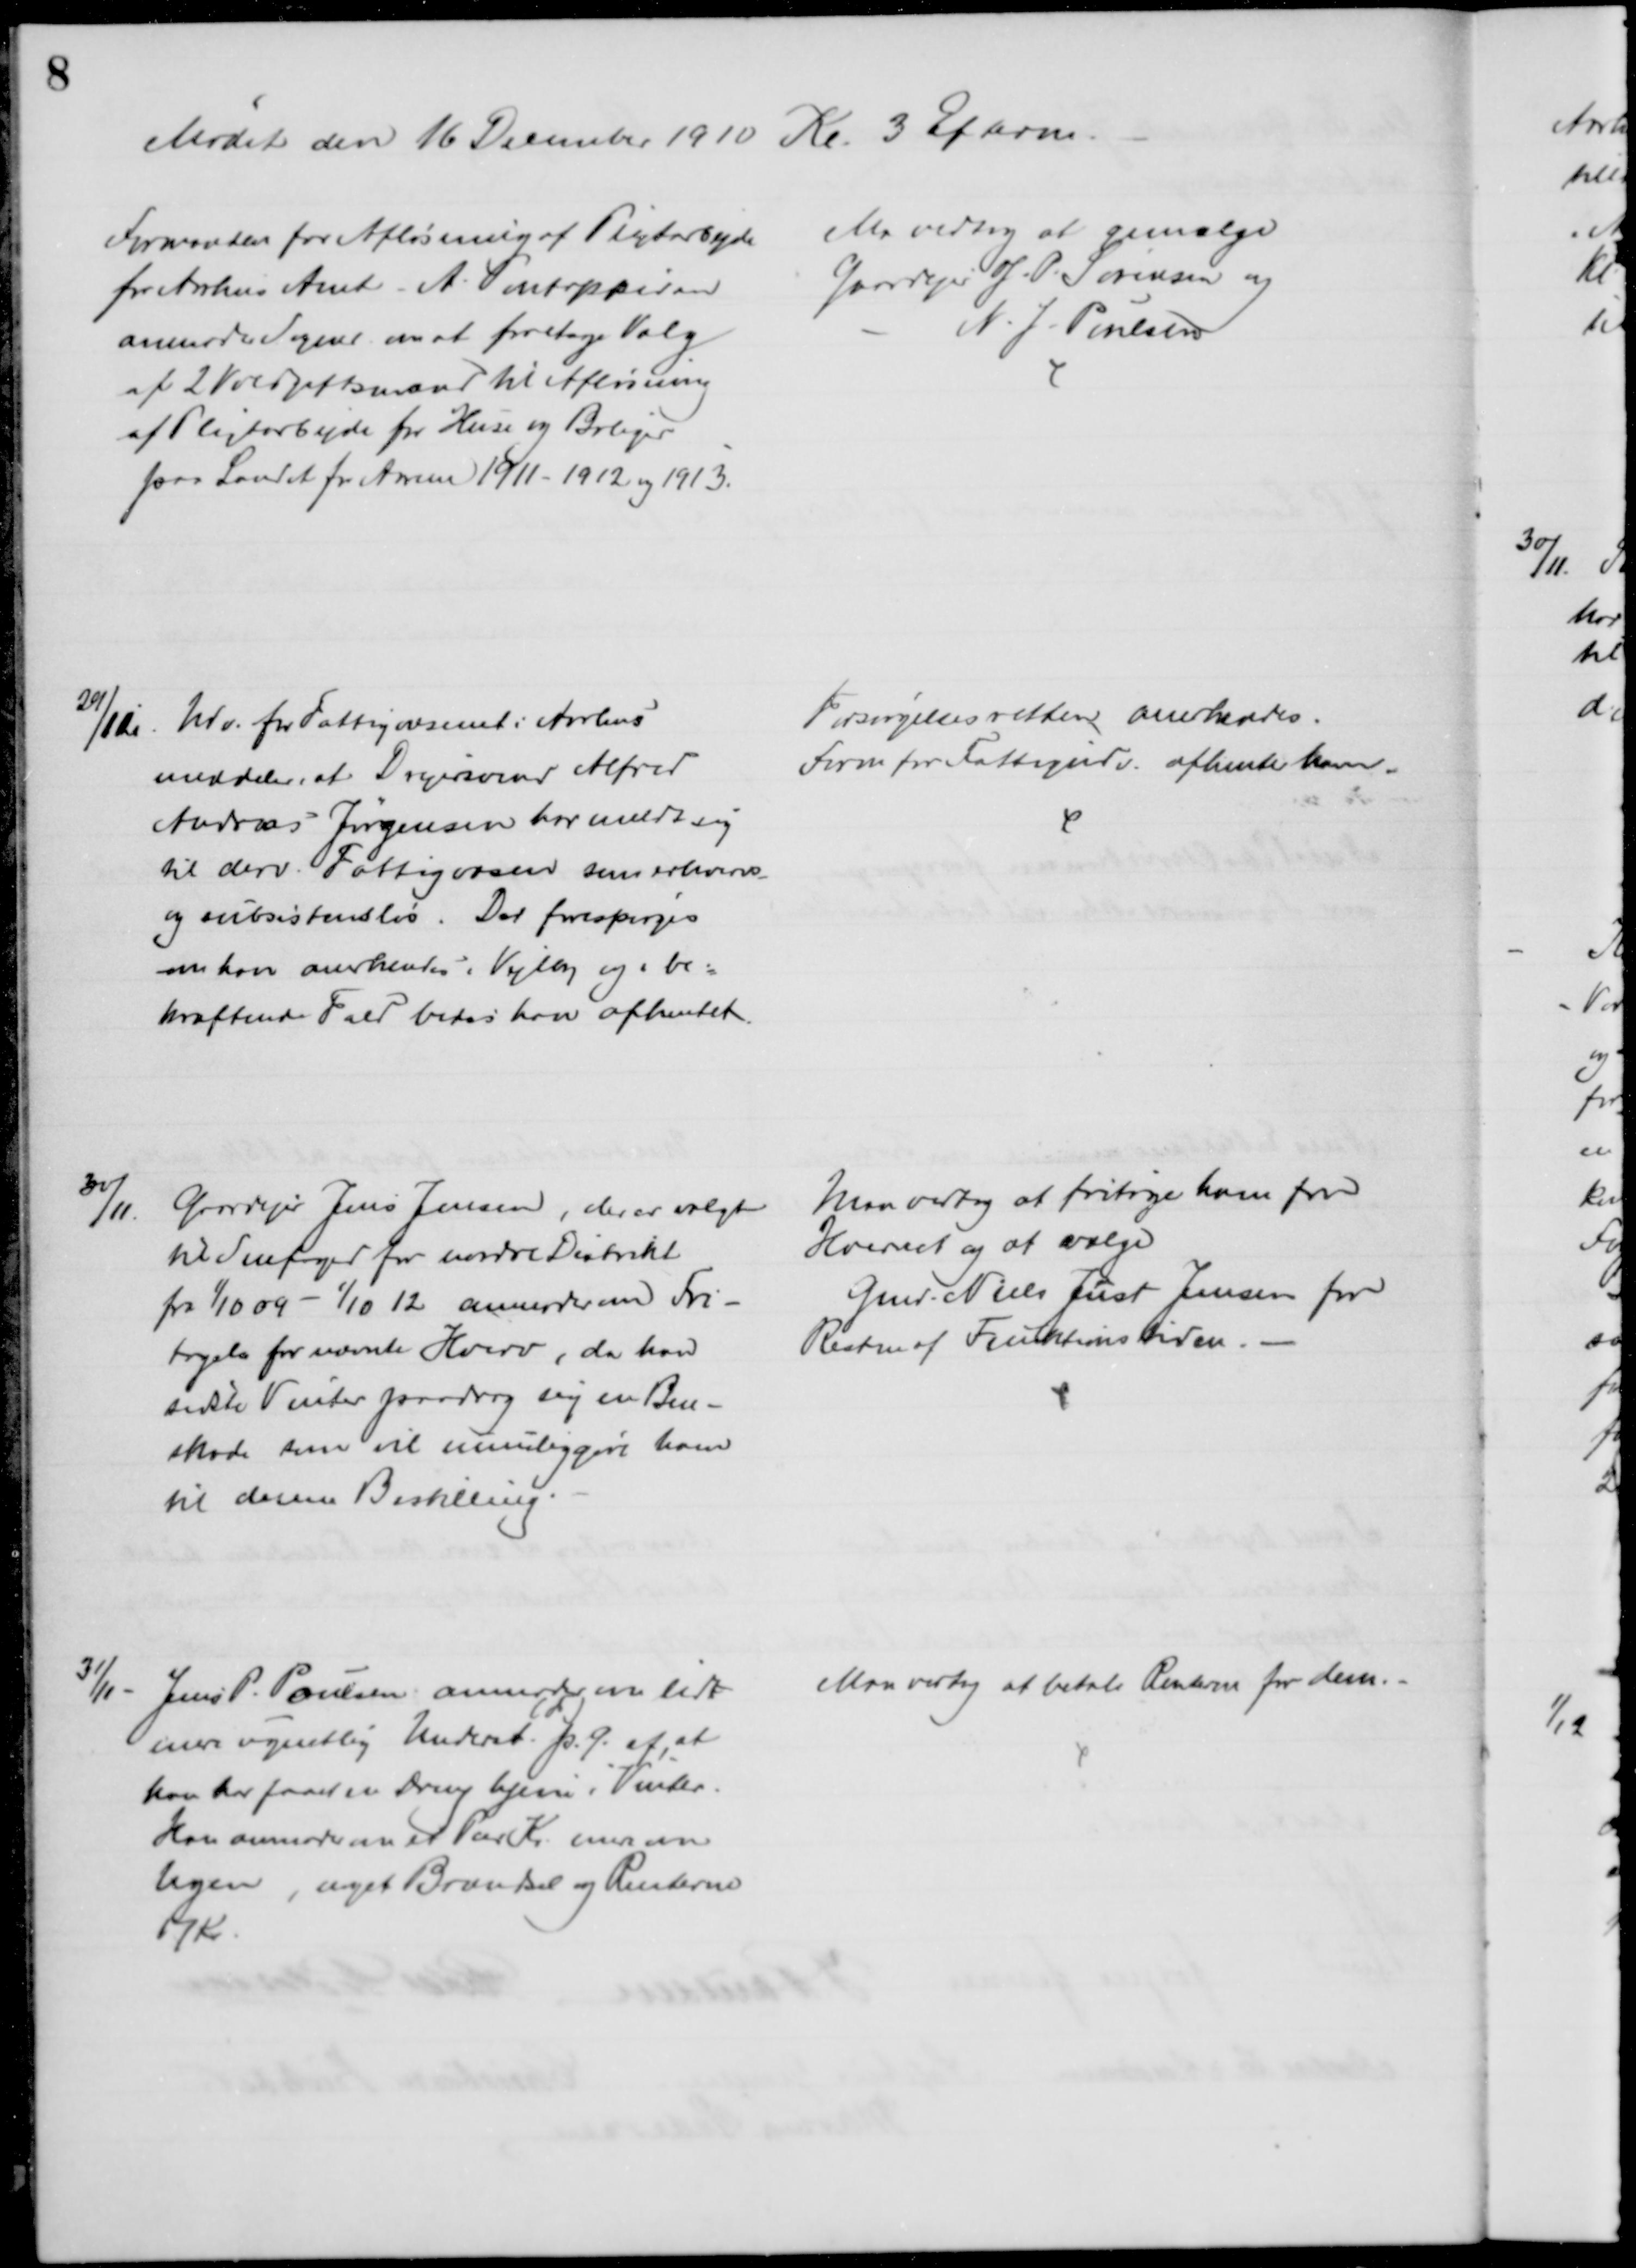
Transskription:
Mødet den 16 December 1910 Kl. 3 Efterm.
Formanden for Afløsning af Pligtarbejde
for Aarhus Amt - A. Pontoppidan
anmoder Sogner om at foretage Valg
af 2 Voldgiftsmænd til Afløsning
af Pligtarbejde for Huse og Boliger
paa Landet for Aarene 1911 - 1912 og 1913.
Man vedtog at genvælge
Gaardejer J. P. Sørensen og
N. J. Poulsen
29/11 
Udv. for Fattigvæsenet i Aarhus
meddeler, at Drejersvend Alfred
Andreas Jørgensen har meldt sig
til derv. Fattigvæsen som erhvervs-
og subsistensløs. Der forespørges
om han anerkendes i Vejlby og i be=
kræftende Fald bedes han afhentet.
Forsørgelsesretten anerkendes.
Form for Fattigudv. afhenter ham
30/11.
Gaardejer Jens Jensen, der er valgt
til Snefoged for nordre Distrikt
fra 1/10 09 - 1/10 12 anmoder om Fri-
tagelse for nævnte Hverv, da han
sidste Vinter paadrog sig en Ben-
skade som vil umuliggøre ham
til denne Bestilling.
Man vedtog at fritage ham for
Hvervet og at vælge
Gmd. Niels Just Jensen for
Resten af Funktionstiden.
31/11
Jens P. Poulsen anmoder om lidt
mere ugentlig Underst. p. G. af, at
han har faaet en Dreng hjem i Vinter.
Han anmoder om et Par Kr mere om
Ugen, noget Brændsel og Renterne
17 Kr.
Man vedtog at betale Renterne for dem.